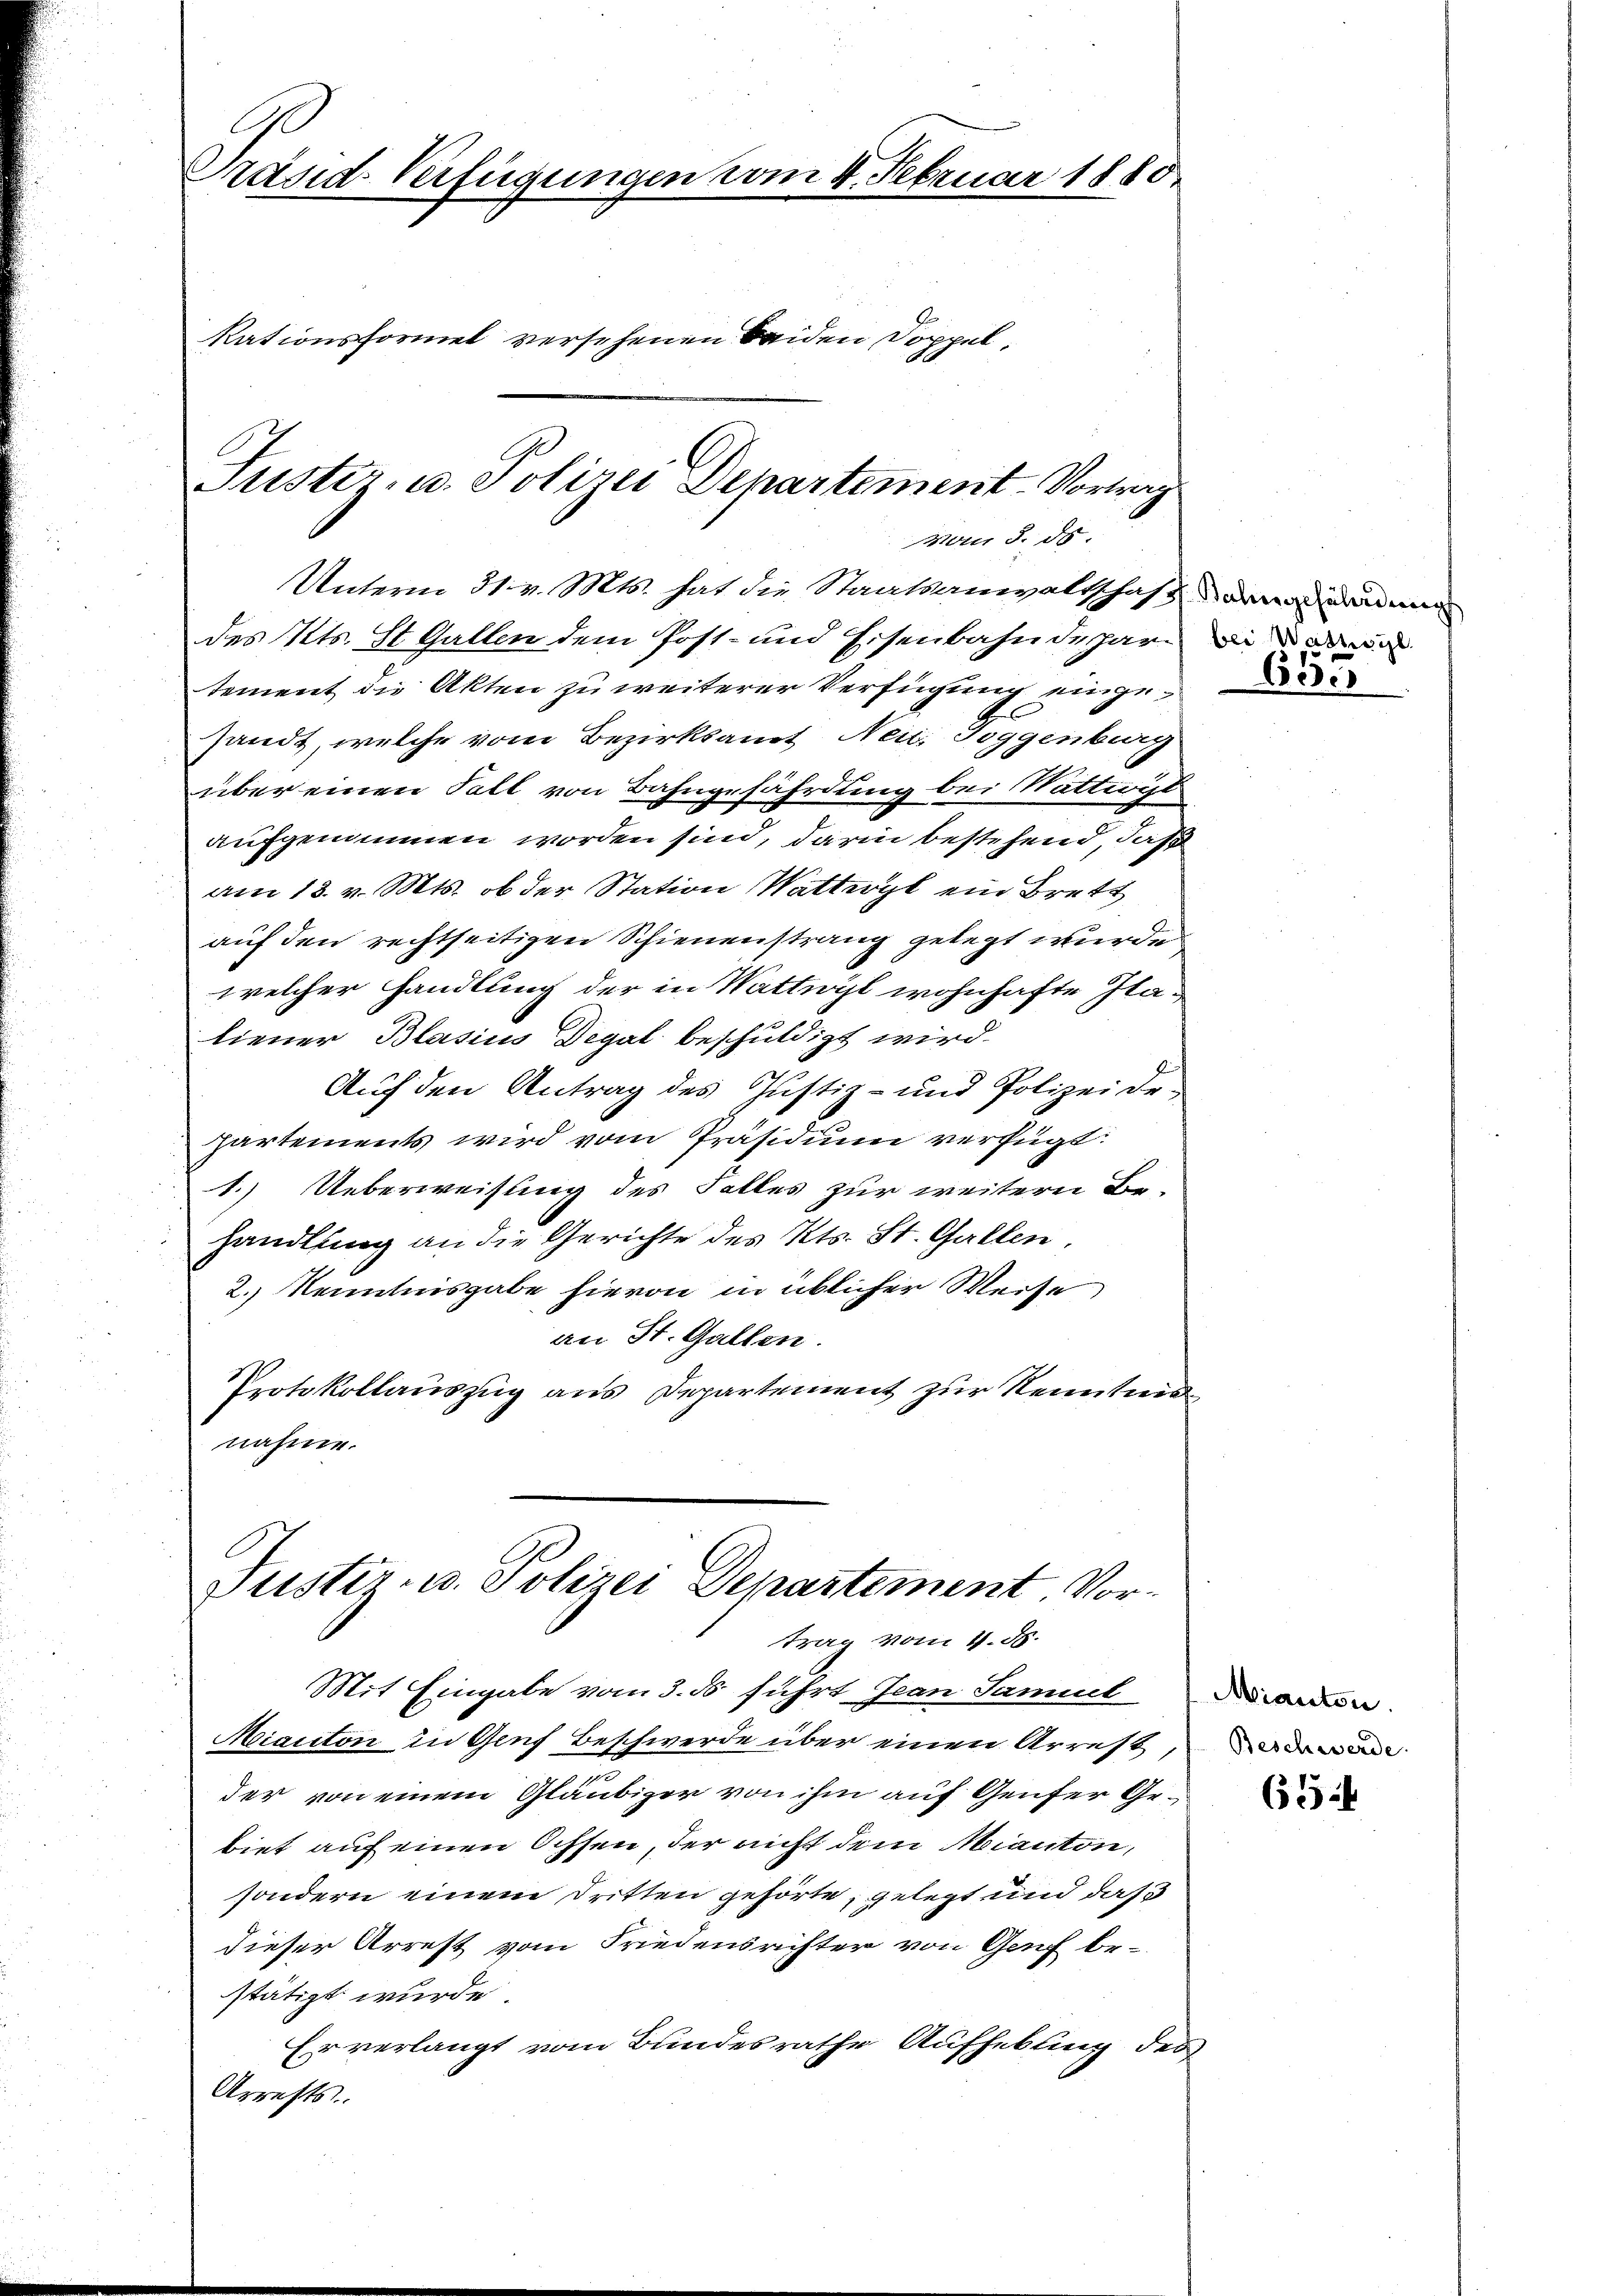
Präsid-Verfügungen vom 4. Februar 1880.
Rationsformel versehenen beiden Doppel¬

Justiz- u. Polizei Departement-Vortrag
Man d. ds.

Unterm 31. v. Mts. hat die Staatsanwaltschaft erwandung
des Kts. St. Gallen dem Post- und Eisenbahndepartement die Akten zu weiterer Verfügung eingesandt, welche vom Bezirksamt Neid. Toggenburg
über einen Fall von Bahngefährdung bei Wattwist
aufgenommen worden sind, darin bestehend, daß
am 18. v. Mts. ob der Station Wattwyl ein Brett
auf den rechtseitigen Schienenstrang gelegt wurde
welcher handlung der in Wattwyl wohnhafte Ilaliener Blasius Degal beschuldigt wird.
s
Auch den Antrag des Justiz- und Polizeidehartements wird vom Präsidium verfügt:
1.) Ueberweisung des Falles zur weitern Be-
handlung an die Gerichte des Kts. St. Gallen.
2.) Kenntnisgabe hievon in üblicher Weise,
an St. Gallen.
Protokollauszug aus Departement zur Reitung
nahme.

Justir- u. Polizei Departement Vortrag vom 4. ds.

Mit Eingabe vom 3. ds. führt Jean Samuel darun
Miaciton in Genf Beschwerde über einen Arrest,
der von einem Gläubiger von ihm auf Genfer Gebiet auf einen Ochsen, der nicht dem Mianton,
sondern einem Dritten gehörte, gelegt und daß
dieser Arrest vom Friedensrichter von Genf be-
stätigt wurde.
Er verlangt vom Bundesrathe Aufhebung des
Arrests

bei Wathsgl

Coc

Beschwerde.

654